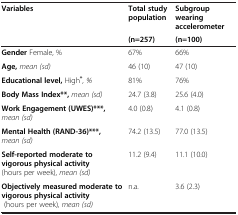
<table><thead><tr><td><b>Variables</b></td><td><b>Total study population</b></td><td><b>Subgroup wearing accelerometer</b></td></tr><tr><td><b> </b></td><td><b>(n=257)</b></td><td><b>(n=100)</b></td></tr></thead><tbody><tr><td><b>Gender</b> Female, %</td><td>67%</td><td>66%</td></tr><tr><td><b>Age,</b><i>mean (sd)</i></td><td>46 (10)</td><td>47 (10)</td></tr><tr><td><b>Educational level,</b> High<sup><b>*</b></sup><i>, %</i></td><td>81%</td><td>76%</td></tr><tr><td><b>Body Mass Index**,</b><i>mean (sd)</i></td><td>24.7 (3.8)</td><td>25.6 (4.0)</td></tr><tr><td><b>Work Engagement (UWES)***,</b><i>mean (sd)</i></td><td>4.0 (0.8)</td><td>4.1 (0.8)</td></tr><tr><td><b>Mental Health (RAND-36)***,</b><i>mean (sd)</i></td><td>74.2 (13.5)</td><td>77.0 (13.5)</td></tr><tr><td><b>Self-reported moderate to vigorous physical activity</b> (hours per week), <i>mean (sd)</i></td><td>11.2 (9.4)</td><td>11.1 (10.0)</td></tr><tr><td><b>Objectively measured moderate to vigorous physical activity</b> (hours per week)<i>, mean (sd)</i></td><td>n.a.</td><td>3.6 (2.3)</td></tr></tbody></table>